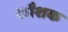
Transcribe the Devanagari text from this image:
कौशक